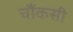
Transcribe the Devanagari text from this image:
चौंकसी